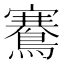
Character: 鶱